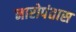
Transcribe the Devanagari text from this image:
नारोपंतास